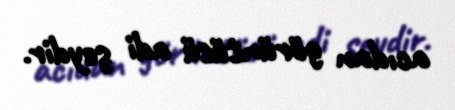
acıdan görüntüsü adi şeydir.